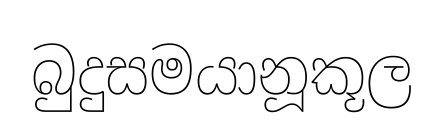
බුදුසමයානූකූල